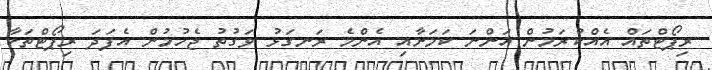
ރިޕޯޓްތައް އެއްކުރަމުން އަންނަ ކަމަށާއި އެންމެ ރަނގަޅު ވަގުތު ޖެހުމުން އެފަދަ ރިޕޯޓްތަކާ